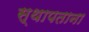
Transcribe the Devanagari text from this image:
स्थापताना